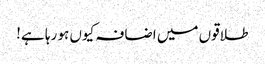
طلاقوں میں اضافہ کیوں ہو رہا ہے!